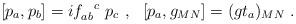
LaTeX: \begin{align*}[p_a,p_b]=i f_{ab}^{~~c} \,\,p_c~,~~[p_a, g_{MN}]=(g t_a)_{MN}~.\end{align*}